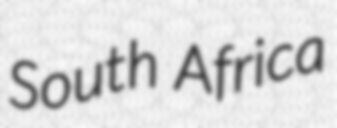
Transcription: South Africa